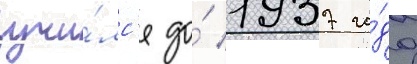
учи́лс'я до́ 1937 го́да